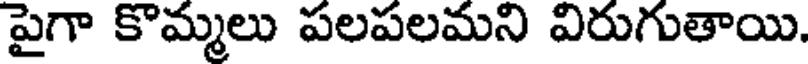
పైగా కొమ్మలు పలపలమని విరుగుతాయి.